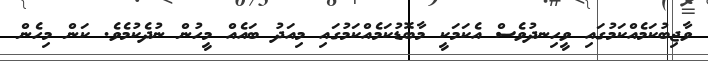
ވާޖިބުކަމެއްކަމުގައި ވީހިނދުވެސް އެކަމަކީ މާބޮޑުކަމެއްކަމުގައި މިއަދު ބައެއް މީހުން ނުދެކުމެވެ. ކަން މިހެން